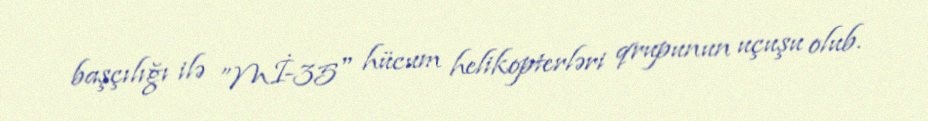
başçılığı ilə ”Mİ-35" hücum helikopterləri qrupunun uçuşu olub.